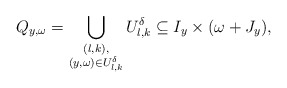
\begin{align*} Q_{y,\omega} = \bigcup_{\substack{(l,k), \\ (y,\omega)\in U_{l,k}^{\delta}}} U_{l,k}^{\delta} \subseteq I_y \times (\omega+J_{y}), \end{align*}